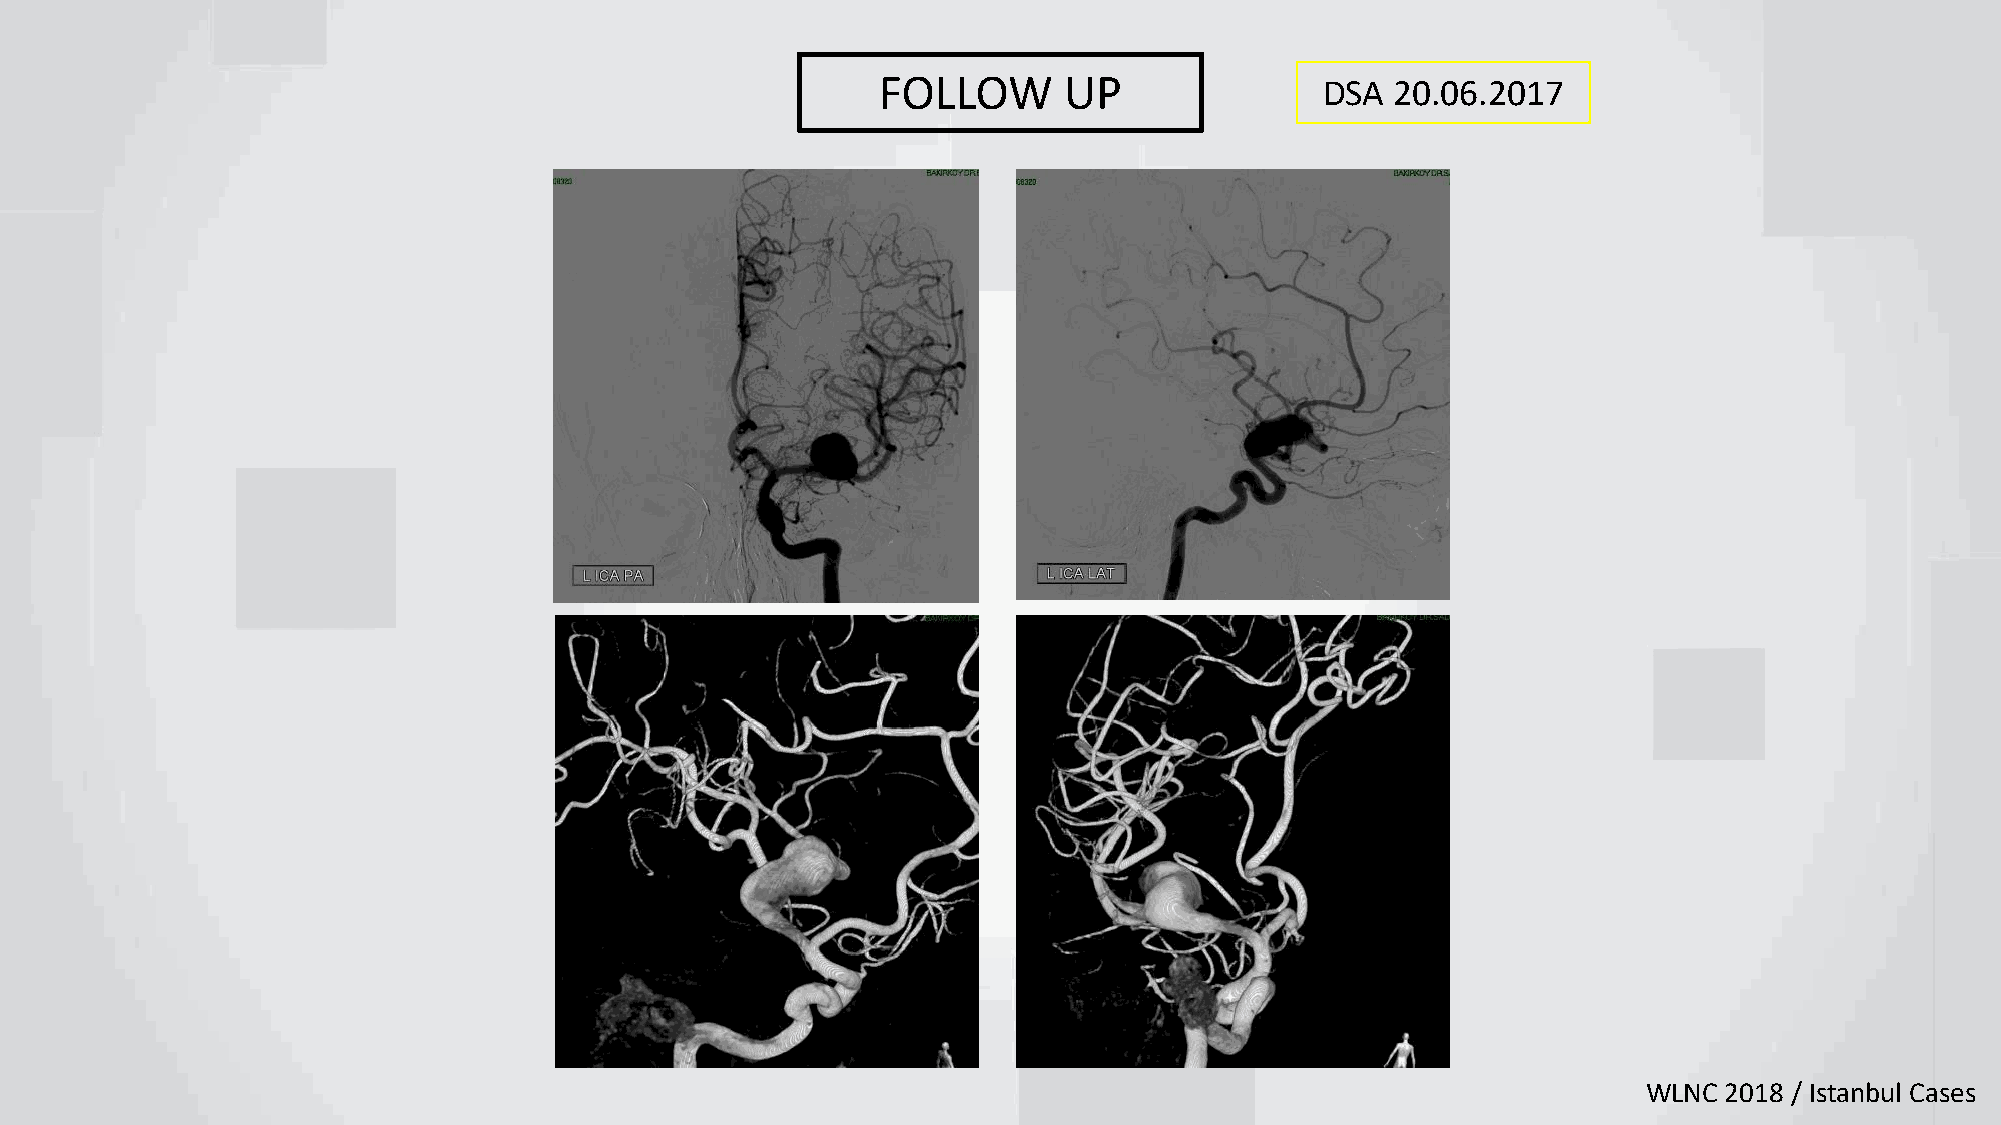
FOLLOW      UP                DSA 20.06.2017
 WLNC 2018 / Istanbul Cases